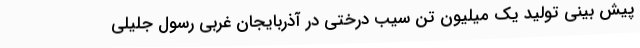
پیش بینی تولید یک میلیون تن سیب درختی در آذربایجان غربی رسول جلیلی